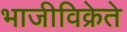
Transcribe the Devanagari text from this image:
भाजीविक्रेते